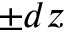
\pm d z